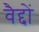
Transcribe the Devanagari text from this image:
वैद्दों